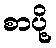
စာပို့